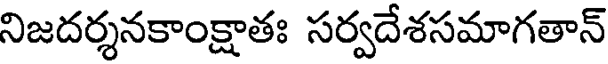
నిజదర్శనకాంక్షాతః సర్వదేశసమాగతాన్